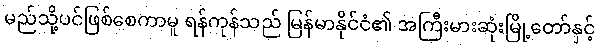
မည်သို့ပင်ဖြစ်စေကာမူ ရန်ကုန်သည် မြန်မာနိုင်ငံ၏ အကြီးမားဆုံးမြို့တော်နှင့်